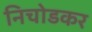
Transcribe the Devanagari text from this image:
निचोडकर